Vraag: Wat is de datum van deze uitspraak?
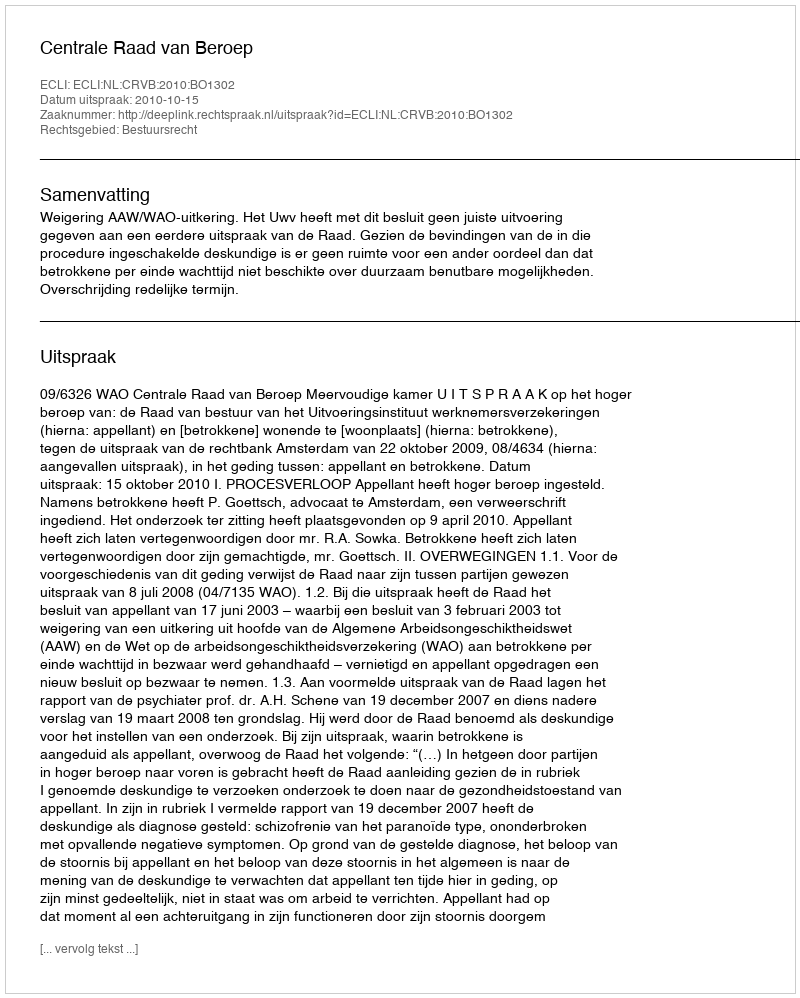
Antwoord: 2010-10-15